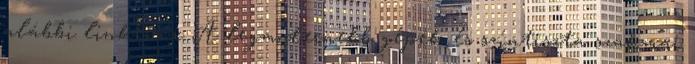
alábbi linken. x A legmodernebb gépek és színtiszta szakmai